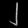
Digit: ၂